Report on horse surra - Volume II, Part I
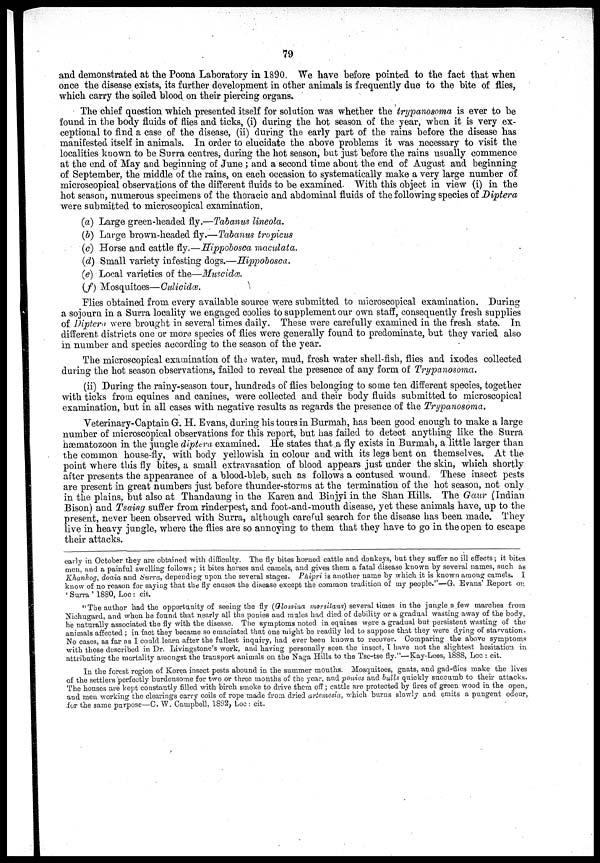
79
and demonstrated at the Poona Laboratory in 1890. We have before pointed to the fact that when
once the disease exists, its further development in other animals is frequently due to the bite of flies,
which carry the soiled blood on their piercing organs.
The chief question which presented itself for solution was whether the trypanosoma is ever to be
found in the body fluids of flies and ticks, (i) during the hot season of the year, when it is very ex-
ceptional to find a case of the disease, (ii) during the early part of the rains before the disease has
manifested itself in animals. In order to elucidate the above problems it was necessary to visit the
localities known to be Surra centres, during the hot season, but just before the rains usually commence
at the end of May and beginning of June ; and a second time about the end of August and beginning
of September, the middle of the rains, on each occasion to systematically make a very large number of
microscopical observations of the different fluids to be examined. With this object in view (i) in the
hot season, numerous specimens of the thoracic and abdominal fluids of the following species of Diptera
were submitted to microscopical examination.
(a) Large green-headed fly.—Tabanus lineola.
(b) Large brown-headed fly.—Tabanus tropicus
(c) Horse and cattle fly.—Hippobosca maculata.
(d) Small variety infesting dogs.—Hippobosca.
(e) Local varieties of the—Muscidæ.
(f) Mosquitoes—Culicidæ.
Flies obtained from every available source were submitted to microscopical examination. During
a sojourn in a Surra locality we engaged coolies to supplement our own staff, consequently fresh supplies
of Diptera were brought in several times daily. These were carefully examined in the fresh state. In
different, districts one or more species of flies were generally found to predominate, but they varied also
in number and species according to the season of the year.
The microscopical examination of the water, mud, fresh water shell-fish, flies and ixodes collected
during the hot season observations, failed to reveal the presence of any form of Trypanosoma.
(ii) During the rainy-season tour, hundreds of flies belonging to some ten different species, together
with ticks from equines and canines, were collected and their body fluids submitted to microscopical
examination, but in all cases with negative results as regards the presence of the Trypanosoma.
Veterinary-Captain G. H. Evans, during his tours in Burmah, has been good enough to make a large
number of microscopical observations for this report, but has failed to detect anything like the Surra
hæmatozoon in the jungle diptera examined. He states that,a fly exists in Burmah, a little larger than
the common house-fly, with body yellowish in colour and with its legs bent on themselves. At the
point where this fly bites, a small extravasation of blood appears just under the skin, which shortly
after presents the appearance of a blood-bleb, such as follows a contused wound. These insect pests
are present in great numbers just before thunder-storms at the termination of the hot season, not only
in the plains, but also at Thandaung in the Karen and Binjyi in the Shan Hills. The Gaur (Indian
Bison) and Tsaing suffer from rinderpest, and foot-and-mouth disease, yet these animals have, up to the
present, never been observed with Surra, although careful search for the disease has been made. They
live in heavy jungle, where the flies are so annoying to them that they have to go in the open to escape
their attacks.
early in October they are obtained with difficulty. The fly bites horned cattle and donkeys, but they suffer no ill effects; it bites
men, and a painful swelling follows; it bites horses and camels, and gives them a fatal disease known by several names, such as
Khanhog, doaia and Surra, depending upon the several stages. Phipri is another name by which it is known among camels. I
know of no reason for saying that the fly causes the disease except the common tradition of my people."—G. Evans' Report on
' Surra ' 1880, Loc : cit.
"The author had the opportunity of seeing the fly (Glossina morsitans) several times in the jungle a few marches from
Nichugard, and when he found that nearly all the ponies and mules had died of debility or a gradual wasting away of the body,
he naturally associated the fly with the disease. The symptoms noted in equines were a gradual but persistent wasting of the
animals affected ; in fact they became so emaciated that one might be readily led to suppose that they were dying of starvation.
No cases, as far as I could learn after the fullest inquiry, had ever been known to recover. Comparing the above symptoms
with those described in Dr. Livingstone's work, and having personally seen the insect. I have not the slightest hesitation in
attributing the mortality amongst the transport animals on the Naga Hills to the Tse-tse fly."—Kay-Lees, 1888, Loc : cit.
In the forest region of Korea insect pests abound in the summer months. Mosquitoes, gnats, and gad-flies make the lives
of the settlers perfectly burdensome for two or three months of the year, and ponies and bulls quickly succumb to their attacks.
The houses are kept constantly filled with birch smoke to drive them off; cattle are protected by fires of green wood in the open,
and men working the clearings carry coils of rope made from dried artemesia, which burns slowly and emits a pungent odour,
for the same purpose—C. W. Campbell, 1892, Loc : cit.